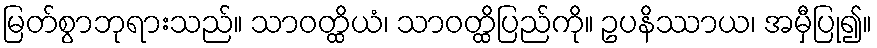
မြတ်စွာဘုရားသည်။ သာဝတ္ထိယံ၊ သာဝတ္ထိပြည်ကို။ ဥပနိဿာယ၊ အမှီပြု၍။